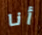
أنا